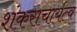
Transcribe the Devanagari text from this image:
शंकराचार्यत्व